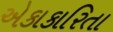
એકાકારિતા